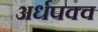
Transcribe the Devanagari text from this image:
अर्धपक्व